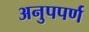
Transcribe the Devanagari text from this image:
अनुपपर्ण